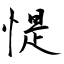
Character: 惿